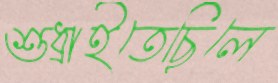
শুধ্‌রাইতেছিলে